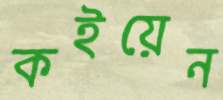
কইয়েন